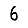
Digit: 6